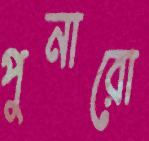
পুনারো